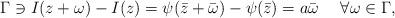
LaTeX: \begin{align*} \Gamma \ni I(z + \omega) - I(z)= \psi(\bar z + \bar\omega) - \psi(\bar z)= a\bar\omega \ \ \ \ \forall \omega\in\Gamma, \end{align*}